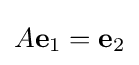
A\mathbf {e} _{1}=\mathbf {e} _{2}